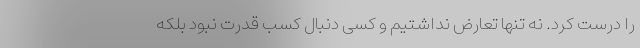
را درست کرد. نه تنها تعارض نداشتیم و کسی دنبال کسب قدرت نبود بلکه